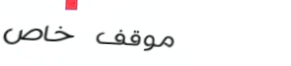
موقف خاص